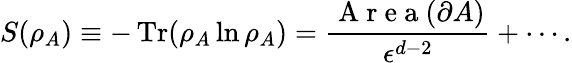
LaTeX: S(\rho_{A})\equiv-\operatorname{Tr}(\rho_{A}\ln{\rho_{A}})=\frac{\mathrm{~A~r~e~a~}(\partial A)}{\epsilon^{d-2}}+\cdots.